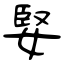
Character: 婜